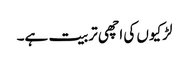
لڑکیوں کی اچھی تربیت ہے۔